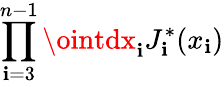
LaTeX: \prod_{\mathbf{i}=3}^{n-1}\ointdx_{\mathbf{i}}J_{\mathbf{i}}^{*}(x_{\mathbf{i}})